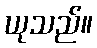
ယုသည်။